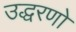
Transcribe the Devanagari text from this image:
उद्धरणो